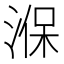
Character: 湺